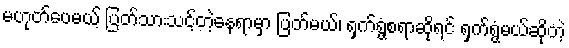
မဟုတ်ပေမယ့် ပြတ်သားသင့်တဲ့နေရာမှာ ပြတ်မယ်၊ ရှက်ရွံ့စရာဆိုရင် ရှက်ရွံ့မယ်ဆိုတဲ့